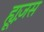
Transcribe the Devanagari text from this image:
ह्यूज़स